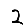
Digit: 2